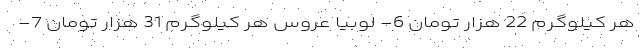
هر کیلوگرم 22 هزار تومان 6- لوبیا عروس هر کیلوگرم 31 هزار تومان 7-